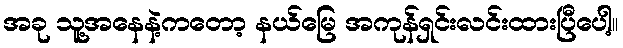
အခု သူ့အနေနဲ့ကတော့ နယ်မြေ အကုန်ရှင်းလင်းထားပြီပေါ့။